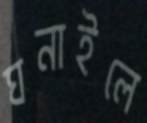
ঘনাইলে